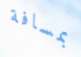
بمسافة